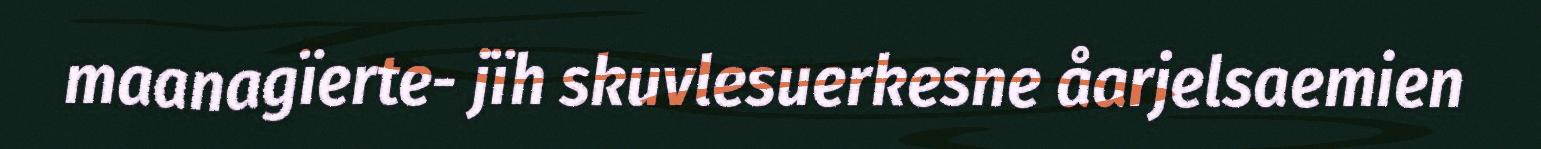
maanagïerte- jïh skuvlesuerkesne åarjelsaemien